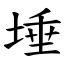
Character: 埵